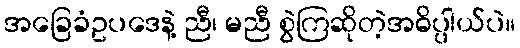
အခြေခံဥပဒေနဲ့ ညီ၊ မညီ စွဲကြဆိုတဲ့အဓိပ္ပါယ်ပဲ။